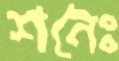
শনৈঃ